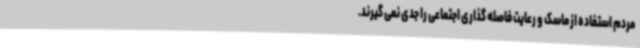
مردم استفاده از ماسک و رعایت فاصله گذاری اجتماعی را جدی نمی گیرند.